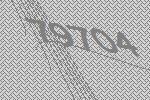
79704